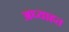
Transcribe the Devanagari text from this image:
अध्याहत